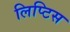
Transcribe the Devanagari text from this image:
लिप्टिस